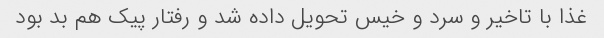
غذا با تاخیر و سرد و خیس تحویل داده شد و رفتار پیک هم بد بود